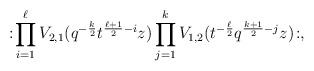
\begin{align*}:\! \prod_{i=1}^{\ell}V_{2,1}(q^{-\frac{k}{2}}t^{\frac{\ell+1}{2}-i}z) \prod_{j=1}^k V_{1,2}(t^{-\frac{\ell}{2}}q^{\frac{k+1}{2}-j}z) \!:, \end{align*}